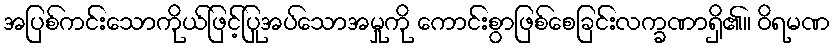
အပြစ်ကင်းသောကိုယ်ဖြင့်ပြုအပ်သောအမှုကို ကောင်းစွာဖြစ်စေခြင်းလက္ခဏာရှိ၏။ ဝိရမဏ